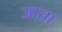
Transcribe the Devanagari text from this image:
जा्ता